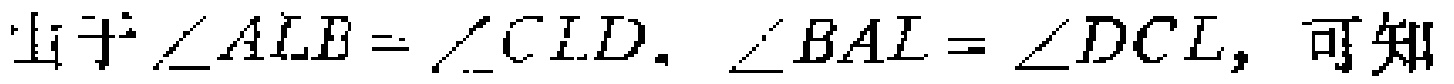
由于\(\angle ALB = \angle CLD, \angle BAL=\angle DCL\)，可知